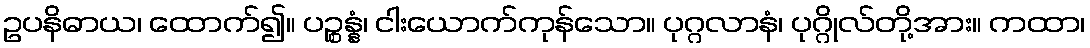
ဥပနိဓာယ၊ ထောက်၍။ ပဉ္စန္နံ၊ ငါးယောက်ကုန်သော။ ပုဂ္ဂလာနံ၊ ပုဂ္ဂိုလ်တို့အား။ ကထာ၊